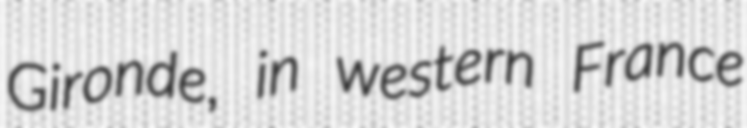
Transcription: Gironde, in western France